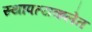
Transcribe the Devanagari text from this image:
स्थापत्यकलेत